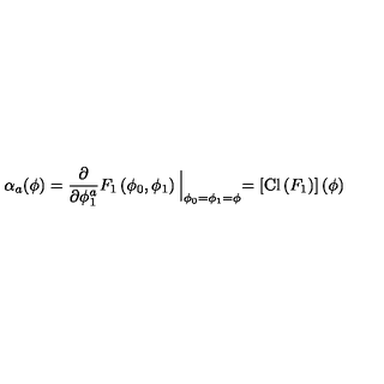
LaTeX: \alpha _ { a } ( \phi ) = \frac { \partial } { \partial \phi _ { 1 } ^ { a } } F _ { 1 } \left( \phi _ { 0 } , \phi _ { 1 } \right) \Bigl | _ { \phi _ { 0 } = \phi _ { 1 } = \phi } = \left[ \mathrm { C l } \left( F _ { 1 } \right) \right] ( \phi ) \Bigr .